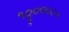
૧૦ૢ૦૦૦ટન